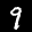
Label: 9